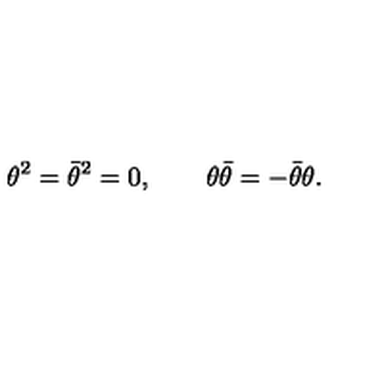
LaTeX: \theta ^ { 2 } = \bar { \theta } ^ { 2 } = 0 , \qquad \theta \bar { \theta } = - \bar { \theta } \theta .